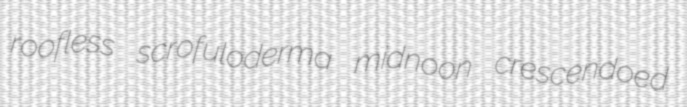
roofless scrofuloderma midnoon crescendoed